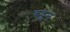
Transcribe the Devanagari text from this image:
बद्रुन